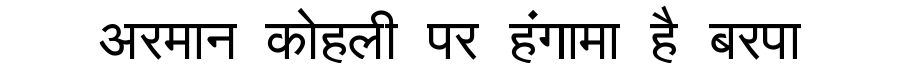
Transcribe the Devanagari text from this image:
अरमान कोहली पर हंगामा है बरपा